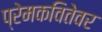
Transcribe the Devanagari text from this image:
प्रेमकवितेवर